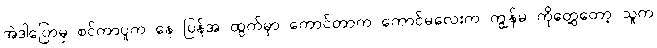
အဲဒါပြောမှ စင်ကာပူက နေ ပြန်အ ထွက်မှာ ကောင်တာက ကောင်မလေးက ကျွန်မ ကိုတွေ့တော့ သူက